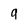
Character: 9